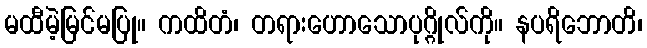
မထီမဲ့မြင်မပြု။ ကထိတံ၊ တရားဟောသောပုဂ္ဂိုလ်ကို။ နပရိဘောတိ၊